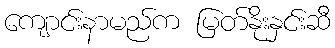
ကျောင်းနာမည်က မြတ်နိုးနှင်းဆီ